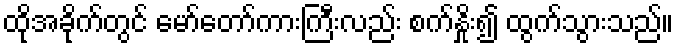
ထိုအခိုက်တွင် မော်တော်ကားကြီးလည်း စက်နှိုး၍ ထွက်သွားသည်။